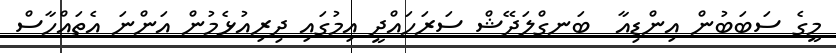
މީގެ ސަބަބުން އިންޑިއާ  ބަނގްލަދޭޝް ސަރަހައްދީ އިމުގައި ދިރިއުޅެމުން އަންނަ އެތައްހާސް